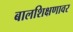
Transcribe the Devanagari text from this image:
बालशिक्षणावर